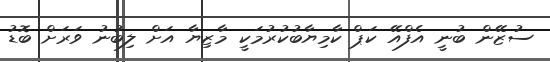
ސުޒޭން ބުނީ އެފްއޭ ކަޕް ކާމިޔާބުކުރުމަކީ މާޒިޔާ އަށް ލިބުނު ވަރަށް ބޮޑު